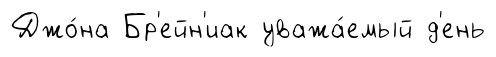
Джо́на Бр'ейн'иак уважа́емый д'ень